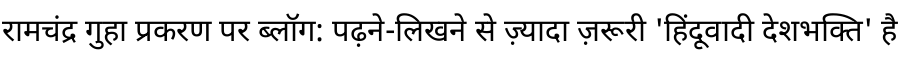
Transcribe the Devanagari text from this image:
रामचंद्र गुहा प्रकरण पर ब्लॉग: पढ़ने-लिखने से ज़्यादा ज़रूरी 'हिंदूवादी देशभक्ति' है